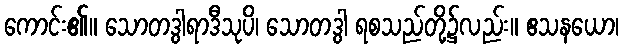
ကောင်း၏။ သောတဒွါရာဒီသုပိ၊ သောတဒွါ ရစသည်တို့၌လည်း။ ဧသနယော၊